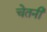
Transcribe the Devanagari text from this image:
चेतनी